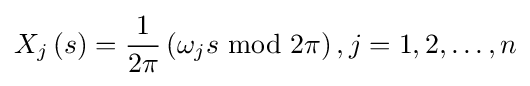
X_{j}\left(s\right)={\frac {1}{2\pi }}\left(\omega _{j}s{\text{ mod }}2\pi \right),j=1,2,\dots ,n